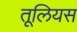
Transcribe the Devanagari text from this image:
तूलियस